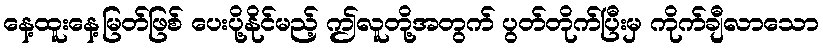
နေ့ထူးနေ့မြတ်ဖြစ် ပေးပို့နိုင်မည့် ဤလူတို့အတွက် ပွတ်တိုက်ပြီးမှ ကိုက်ချီလာသော